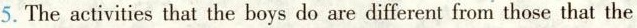
5. The activities that the boys do are different from those that the